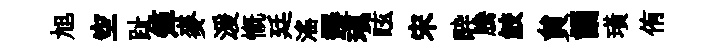
旭空趾𥱼麥湲慨廷滛遷瑱眩宋酔騰鮫貟誦璜侑